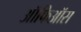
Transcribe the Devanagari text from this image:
ऑफिऑस